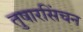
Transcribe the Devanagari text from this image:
तुषारसिंचन